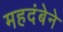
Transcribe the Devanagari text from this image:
महदंबेने